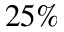
2 5 \%